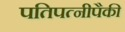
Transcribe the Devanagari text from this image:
पतिपत्‍नीपैकी